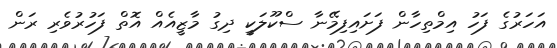
އަހަރުގެ ފަހު އިމްތިހާން ފަށައިފިމޭނާ ސްކޫލަކީ ދިގު މާޒީއެއް އޮތް ފަހުރުވެރި ރަން